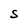
Character: S